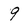
Character: 9